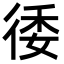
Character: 㣦